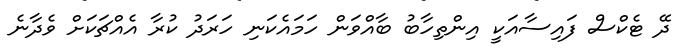
ދޭ ޓެކްސް ފައިސާއަކީ އިންތިހާބު ބާއްވަން ހަމައެކަނި ހަރަދު ކުރާ އެއްޗަކަށް ވެދާނެ